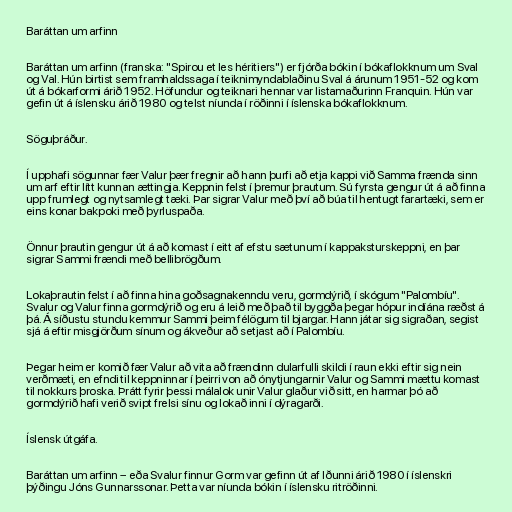
Baráttan um arfinn

Baráttan um arfinn (franska: "Spirou et les héritiers") er fjórða bókin í bókaflokknum um Sval
og Val. Hún birtist sem framhaldssaga í teiknimyndablaðinu Sval á árunum 1951-52 og kom
út á bókarformi árið 1952. Höfundur og teiknari hennar var listamaðurinn Franquin. Hún var
gefin út á íslensku árið 1980 og telst níunda í röðinni í íslenska bókaflokknum.

Söguþráður.

Í upphafi sögunnar fær Valur þær fregnir að hann þurfi að etja kappi við Samma frænda sinn
um arf eftir lítt kunnan ættingja. Keppnin felst í þremur þrautum. Sú fyrsta gengur út á að finna
upp frumlegt og nytsamlegt tæki. Þar sigrar Valur með því að búa til hentugt farartæki, sem er
eins konar bakpoki með þyrluspaða.

Önnur þrautin gengur út á að komast í eitt af efstu sætunum í kappaksturskeppni, en þar
sigrar Sammi frændi með bellibrögðum.

Lokaþrautin felst í að finna hina goðsagnakenndu veru, gormdýrið, í skógum "Palombíu".
Svalur og Valur finna gormdýrið og eru á leið með það til byggða þegar hópur indíána ræðst á
þá. Á síðustu stundu kemmur Sammi þeim félögum til bjargar. Hann játar sig sigraðan, segist
sjá á eftir misgjörðum sínum og ákveður að setjast að í Palombíu.

Þegar heim er komið fær Valur að vita að frændinn dularfulli skildi í raun ekki eftir sig nein
verðmæti, en efndi til keppninnar í þeirri von að ónytjungarnir Valur og Sammi mættu komast
til nokkurs þroska. Þrátt fyrir þessi málalok unir Valur glaður við sitt, en harmar þó að
gormdýrið hafi verið svipt frelsi sínu og lokað inni í dýragarði.

Íslensk útgáfa.

Baráttan um arfinn – eða Svalur finnur Gorm var gefinn út af Iðunni árið 1980 í íslenskri
þýðingu Jóns Gunnarssonar. Þetta var níunda bókin í íslensku ritröðinni.